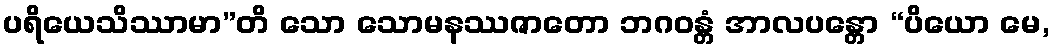
ပရိယေသိဿာမာ”တိ သော သောမနဿဇာတော ဘဂဝန္တံ အာလပန္တော “ပိယော မေ,